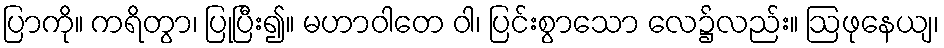
ပြာကို။ ကရိတွာ၊ ပြုပြီး၍။ မဟာဝါတေ ဝါ၊ ပြင်းစွာသော လေ၌လည်း။ ဩဖုနေယျ၊